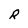
Character: R